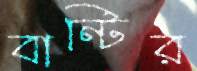
বান্টির